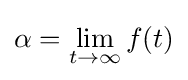
\alpha =\lim _{t\to \infty }f(t)